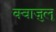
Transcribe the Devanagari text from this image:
क्वाज़ुलू